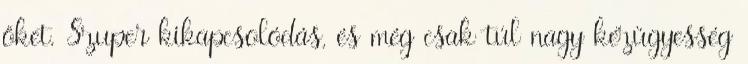
őket. Szuper kikapcsolódás, és még csak túl nagy kézügyesség